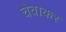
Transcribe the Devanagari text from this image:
चेवाकर